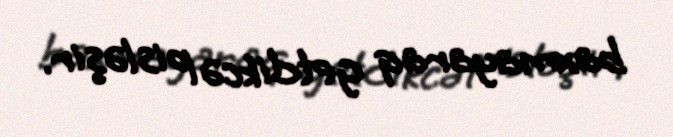
baxmayaraq getdikcə pisləşir.